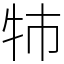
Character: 㸬